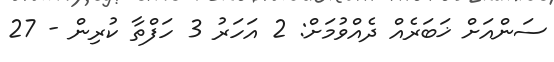
ސަންއަށް ޚަބަރެއް ދެއްވުމަށް: 2 އަހަރު 3 ހަފްތާ ކުރިން - 27